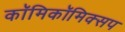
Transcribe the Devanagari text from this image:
काॅमिकॉमिक्सप